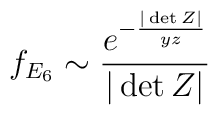
f_{E_6}\sim \frac{e^{-\frac{|\det Z|}{yz}}}{|\det Z|}